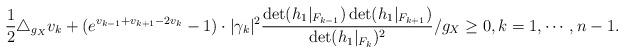
LaTeX: \begin{align*}\frac{1}{2}\triangle_{g_X} v_k+(e^{v_{k-1}+v_{k+1}-2v_k}-1)\cdot|\gamma_k|^2\frac{\det(h_1|_{F_{k-1}})\det(h_1|_{F_{k+1}})}{\det(h_1|_{F_k})^2}/g_X\geq 0, k=1,\cdots,n-1.\end{align*}